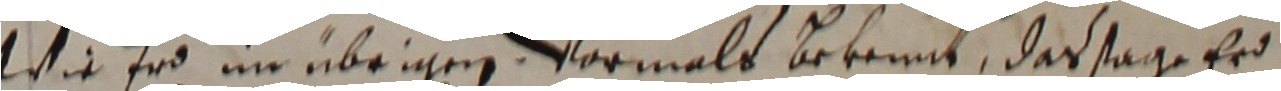
wie erd im übrigen vormals bekennt, das sage er